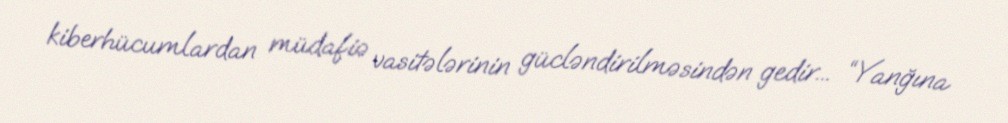
kiberhücumlardan müdafiə vasitələrinin gücləndirilməsindən gedir... “Yanğına